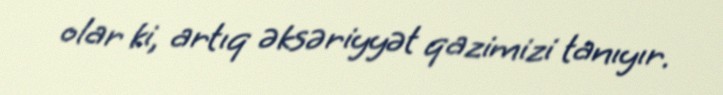
olar ki, artıq əksəriyyət qazimizi tanıyır.